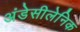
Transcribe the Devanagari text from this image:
अंडेसीलेनिक